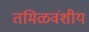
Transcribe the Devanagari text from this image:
तमिळवंशीय